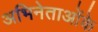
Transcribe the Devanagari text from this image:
अभिनेताओंके